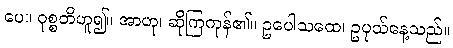
ပေ။ ဝုစ္စတိဟူ၍။ အာဟု၊ ဆိုကြကုန်၏။ ဥပေါသထေ၊ ဥပုသ်နေ့သည်။